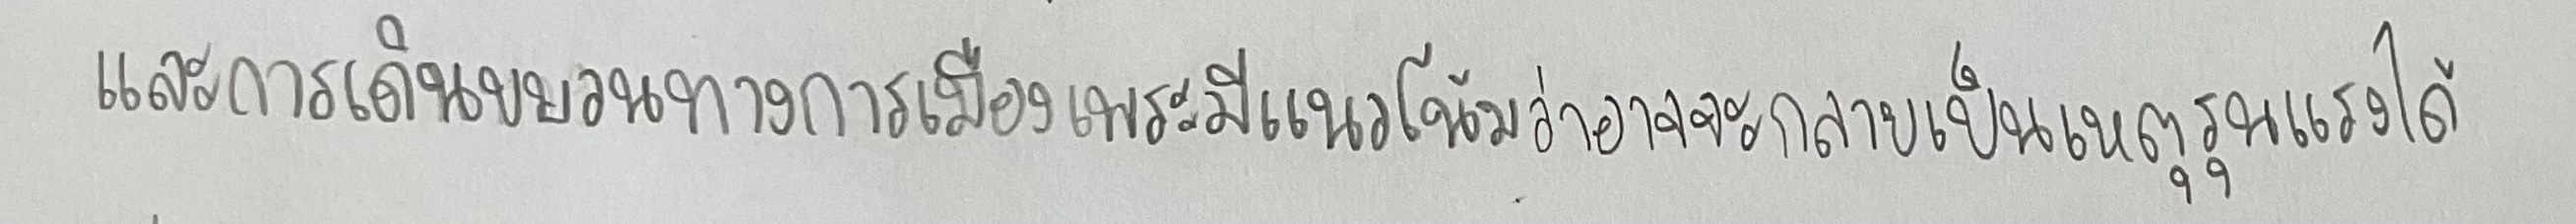
และการเดินขบวนทางการเมืองเพราะมีแนวโน้มว่าอาจจะกลายเป็นเหตุรุนแรงได้